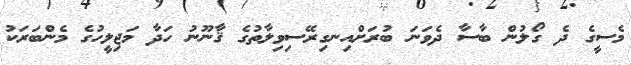
މެސީގެ ދެ ގޯލުން ބާސާ ދެވަނަ ބުރަށްއިނގިރޭސިވިލާތުގެ ޤާނޫނު ހަދާ މަޖިލީހުގެ މެންބަރަކު